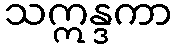
သဣန္ဒကာ